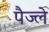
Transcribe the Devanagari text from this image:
पैज्ले